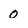
Character: 0